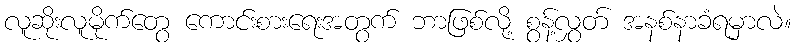
လူဆိုးလူမိုက်တွေ ကောင်းစားရေးအတွက် ဘာဖြစ်လို့ စွန့်လွှတ် အနစ်နာခံရမှာလဲ။